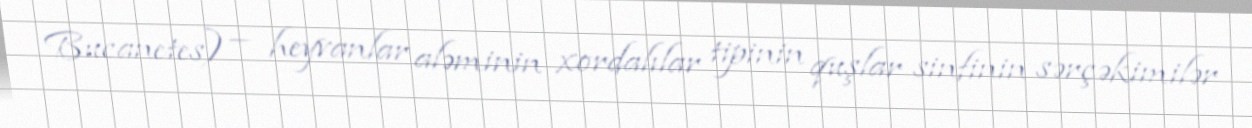
Bucanetes) — heyvanlar aləminin xordalılar tipinin quşlar sinfinin sərçəkimilər